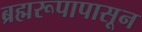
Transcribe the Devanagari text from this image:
ब्रह्मरूपापासून